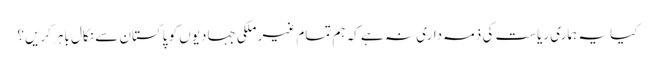
کیا یہ ہماری ریاست کی ذمہ داری نہ ہے کہ ہم تمام غیر ملکی جہادیوں کو پاکستان سے نکال باہر کریں؟